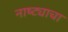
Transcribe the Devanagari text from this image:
नाष्ट्याचा